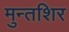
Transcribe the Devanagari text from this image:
मुन्तशिर